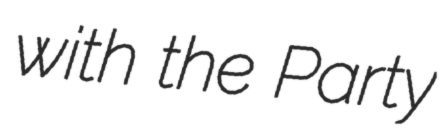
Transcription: with the Party